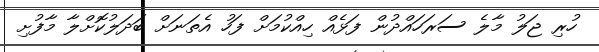
ހުރި ޖަލު މާލެ ސަރަހައްދުން ފަޅެއް ހިއްކުމަށް ފަހު އެތަނަށް ބަދަލުކޮށްލާ މާފުށި